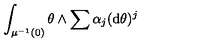
\int _ { \mu ^ { - 1 } ( 0 ) } \theta \wedge \sum \alpha _ { j } ( \mathrm { d } \theta ) ^ { j }